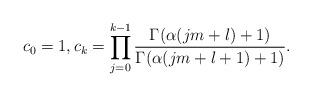
LaTeX: \begin{align*}{c_0}=1, {c_k}=\prod_{j=0}^{k-1} \frac{\Gamma(\alpha(jm+l)+1)}{\Gamma(\alpha(jm+l+1)+1)}.\end{align*}